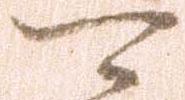
可